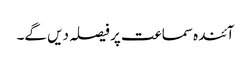
آئندہ سماعت پر فیصلہ دیں گے۔